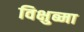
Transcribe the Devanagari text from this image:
विक्षुब्मा